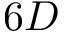
6 D